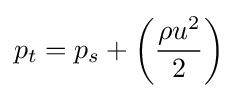
p_{t}=p_{s}+\left({\frac {\rho u^{2}}{2}}\right)